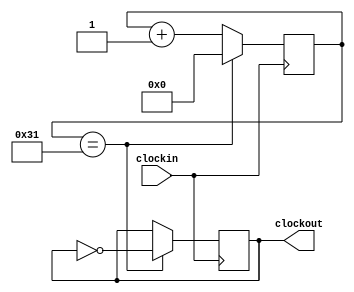
module div100(clockin,clockout);
input clockin;
output clockout;
reg [15:0]count;
reg clockout;
parameter N=100;                //N is the frequency divider.
always@(posedge clockin)
  begin
    if(count==N/2-1)
      begin
        count<=0;
        clockout<=~clockout;
      end
    else count<=count+1;
  end
endmodule